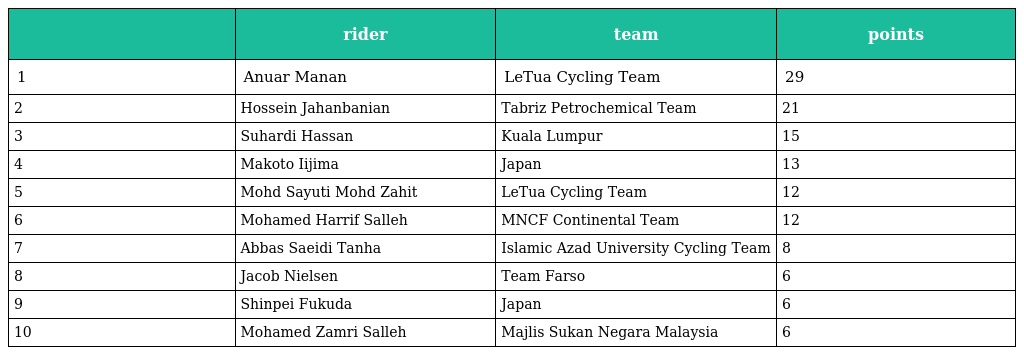
|  | rider | team | points |
 | --- | --- | --- | --- |
 | 1 | Anuar Manan | LeTua Cycling Team | 29 |
 | 2 | Hossein Jahanbanian | Tabriz Petrochemical Team | 21 |
 | 3 | Suhardi Hassan | Kuala Lumpur | 15 |
 | 4 | Makoto Iijima | Japan | 13 |
 | 5 | Mohd Sayuti Mohd Zahit | LeTua Cycling Team | 12 |
 | 6 | Mohamed Harrif Salleh | MNCF Continental Team | 12 |
 | 7 | Abbas Saeidi Tanha | Islamic Azad University Cycling Team | 8 |
 | 8 | Jacob Nielsen | Team Farso | 6 |
 | 9 | Shinpei Fukuda | Japan | 6 |
 | 10 | Mohamed Zamri Salleh | Majlis Sukan Negara Malaysia | 6 |